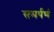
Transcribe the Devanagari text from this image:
समर्पणं